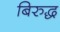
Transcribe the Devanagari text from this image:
बिरुद्ध